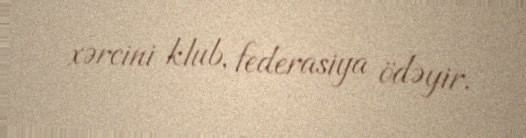
xərcini klub, federasiya ödəyir.